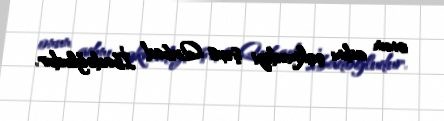
onun adını çəkmədiyi şəxs Qubad İbadoğludur.